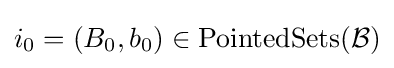
i_{0}=\left(B_{0},b_{0}\right)\in \operatorname {PointedSets} ({\mathcal {B}})